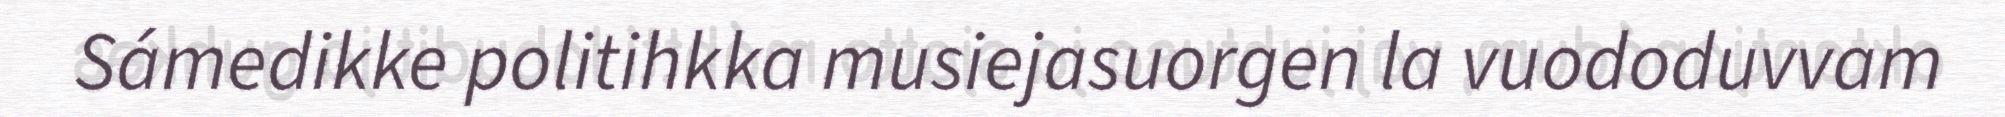
Sámedikke politihkka musiejasuorgen la vuododuvvam